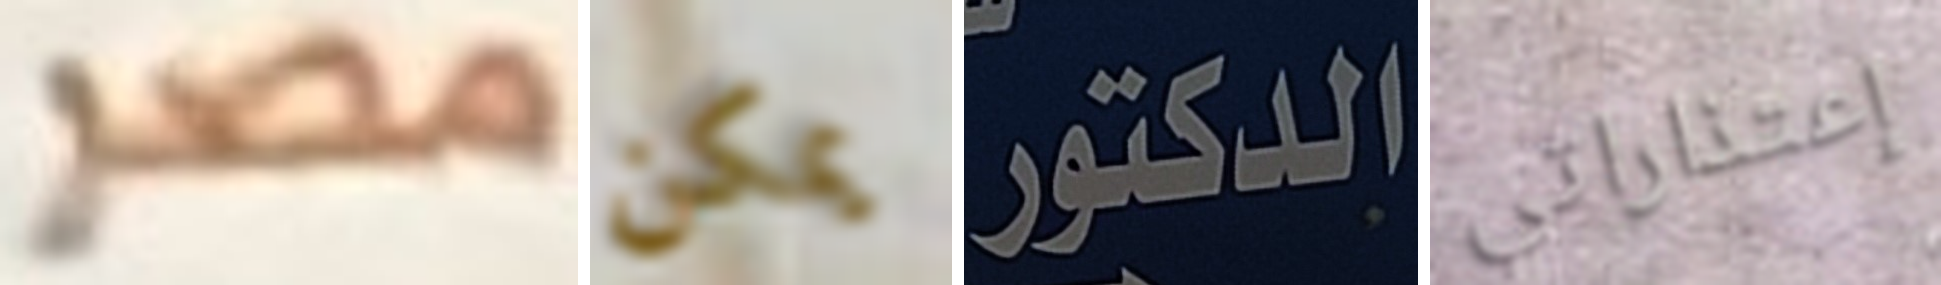
مصر يمكن الدكتور إعتذاراتي